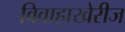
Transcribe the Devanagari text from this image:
विवाहाखेरीज